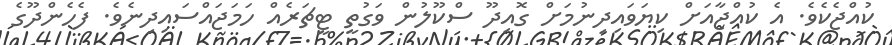
ކުއްޖެކެވެ. އެ ކުއްޖާއަށް ކިޔަވައިދިނުމަށް ގޮއިދޫ ސްކޫލުން ވަގުތީ ޓީޗަރެއް ހަމަޖައްސައިދިނެވެ. ފެހެންދޫގެ